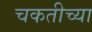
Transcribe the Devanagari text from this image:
चकतीच्या